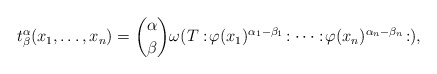
\begin{align*}t_{\beta}^{\alpha}(x_1,\ldots,x_n)={\alpha \choose \beta} \omega(T:\!\varphi(x_1)^{\alpha_1-\beta_1}\!:\cdots:\!\varphi(x_n)^{\alpha_n-\beta_n}\!:),\end{align*}